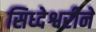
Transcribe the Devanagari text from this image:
सिध्देश्वरीने